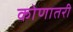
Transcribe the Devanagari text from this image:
कोणातरी